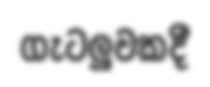
ගැටලුවකදී